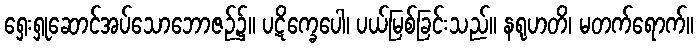
ရှေးရှုဆောင်အပ်သောဘောဇဉ်၌။ ပဋိက္ခေပေါ၊ ပယ်မြစ်ခြင်းသည်။ နရုဟတိ၊ မတက်ရောက်။